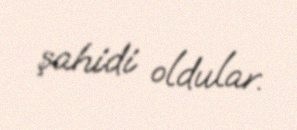
şahidi oldular.